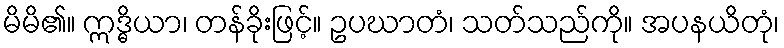
မိမိ၏။ ဣဒ္ဓိယာ၊ တန်ခိုးဖြင့်။ ဥပဃာတံ၊ သတ်သည်ကို။ အပနယိတုံ၊